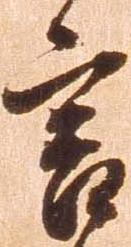
言